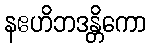
နဧဟိဘဒန္တိကော